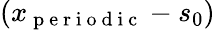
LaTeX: (x_{\mathrm{~p~e~r~i~o~d~i~c~}}-s_{0})